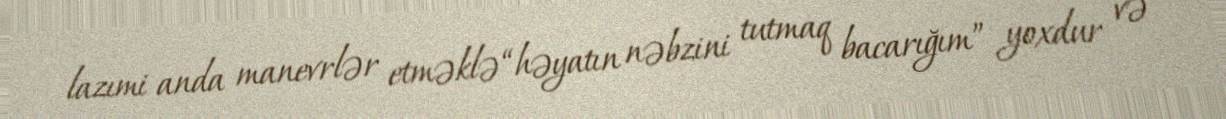
lazımi anda manevrlər etməklə “həyatın nəbzini tutmaq bacarığım” yoxdur və